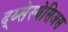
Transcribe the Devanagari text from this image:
द्य्सेस्थेसिअस